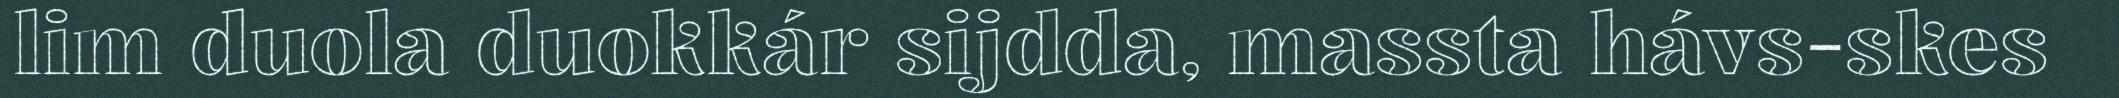
lim duola duokkár sijdda, massta hávs-skes